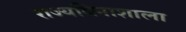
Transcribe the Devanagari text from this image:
राज्यविनाशाला